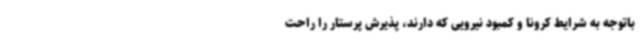
باتوجه به شرایط کرونا و کمبود نیرویی که دارند، پذیرش پرستار را راحت